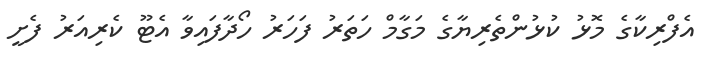
އެފްރިކާގެ މޮޅު ކުޅުންތެރިޔާގެ މަގާމް ހަތަރު ފަހަރު ހޯދާފައިވާ އެޓޫ ކެރިއަރު ފެށީ